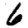
Digit: 6